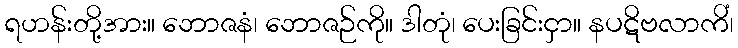
ရဟန်းတို့အား။ ဘောဇနံ၊ ဘောဇဉ်ကို။ ဒါတုံ၊ ပေးခြင်းငှာ။ နပဋိဗလာကိံ၊